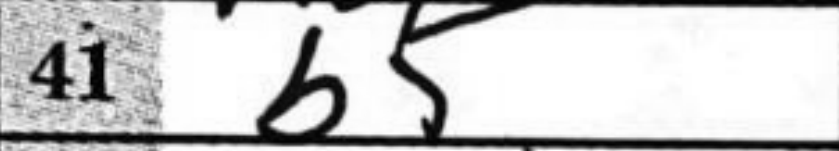
Transcription: b5